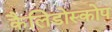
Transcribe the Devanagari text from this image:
कैलिडोस्कोप